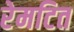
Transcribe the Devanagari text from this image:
रेमटित